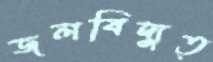
জলবিদ্যুত্